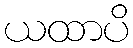
ယထာပိ